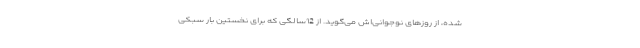
شده، از روزهای نوجوانی‌اش می‌گوید. از 12سالگی که برای نخستین بار سبکی